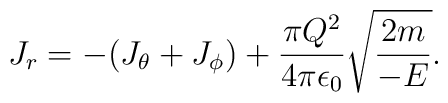
J_r=-(J_\theta +J_\phi)+{{\pi Q^2}\over{4\pi\epsilon_0}}\sqrt{{{2m}\over{-E}}}.